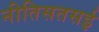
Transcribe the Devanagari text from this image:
नीतिसतसई